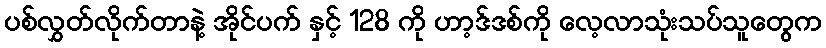
ပစ်လွှတ်လိုက်တာနဲ့ အိုင်ပက် နှင့် 128 ကို ဟာ့ဒ်ဒစ်ကို လေ့လာသုံးသပ်သူတွေက